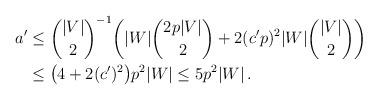
LaTeX: \begin{align*} \begin{aligned} a'&\le\binom{|V|}{2}^{-1}\bigg(|W|\binom{2p|V|}{2}+2(c'p)^2|W|\binom{|V|}{2}\bigg)\\ &\le \big(4+2(c')^2\big)p^2|W|\le 5p^2|W|\,. \end{aligned} \end{align*}